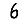
Digit: 6